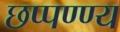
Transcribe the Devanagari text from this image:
छप्पण्ण्य